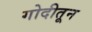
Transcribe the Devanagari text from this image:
गोदीतून